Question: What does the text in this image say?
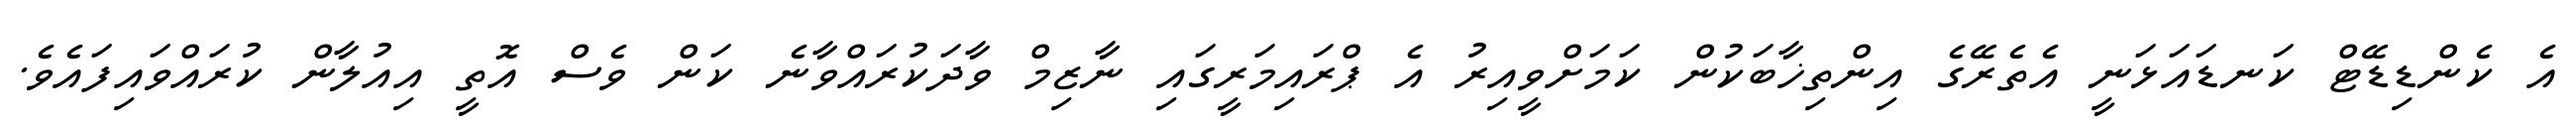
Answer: އެ ކެންޑިޑޭޓް ކަނޑައަޅަނީ އެތެރޭގެ އިންތިޚާބަކުން ކަމަށްވީއިރު އެ ޕްރައިމަރީގައި ނާޒިމް ވާދަކުރައްވާނެ ކަން ވެސް އޮތީ އިއުލާން ކުރައްވައިފައެވެ.